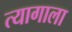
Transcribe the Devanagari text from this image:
त्यागाला